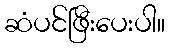
ဆံပင်ဖြီးပေးပါ။